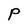
Character: P